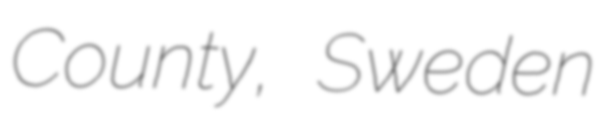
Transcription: County, Sweden